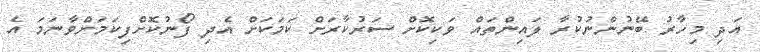
އަދި މިހާރު ބޭނުންނުކުރާ ލައިންތައް ވަކިކޮށް ސަރުކާރަށް ކަމަކަށް އެދި ފޯނުކޮށްފިކަމަށްވާނަމަ އެ